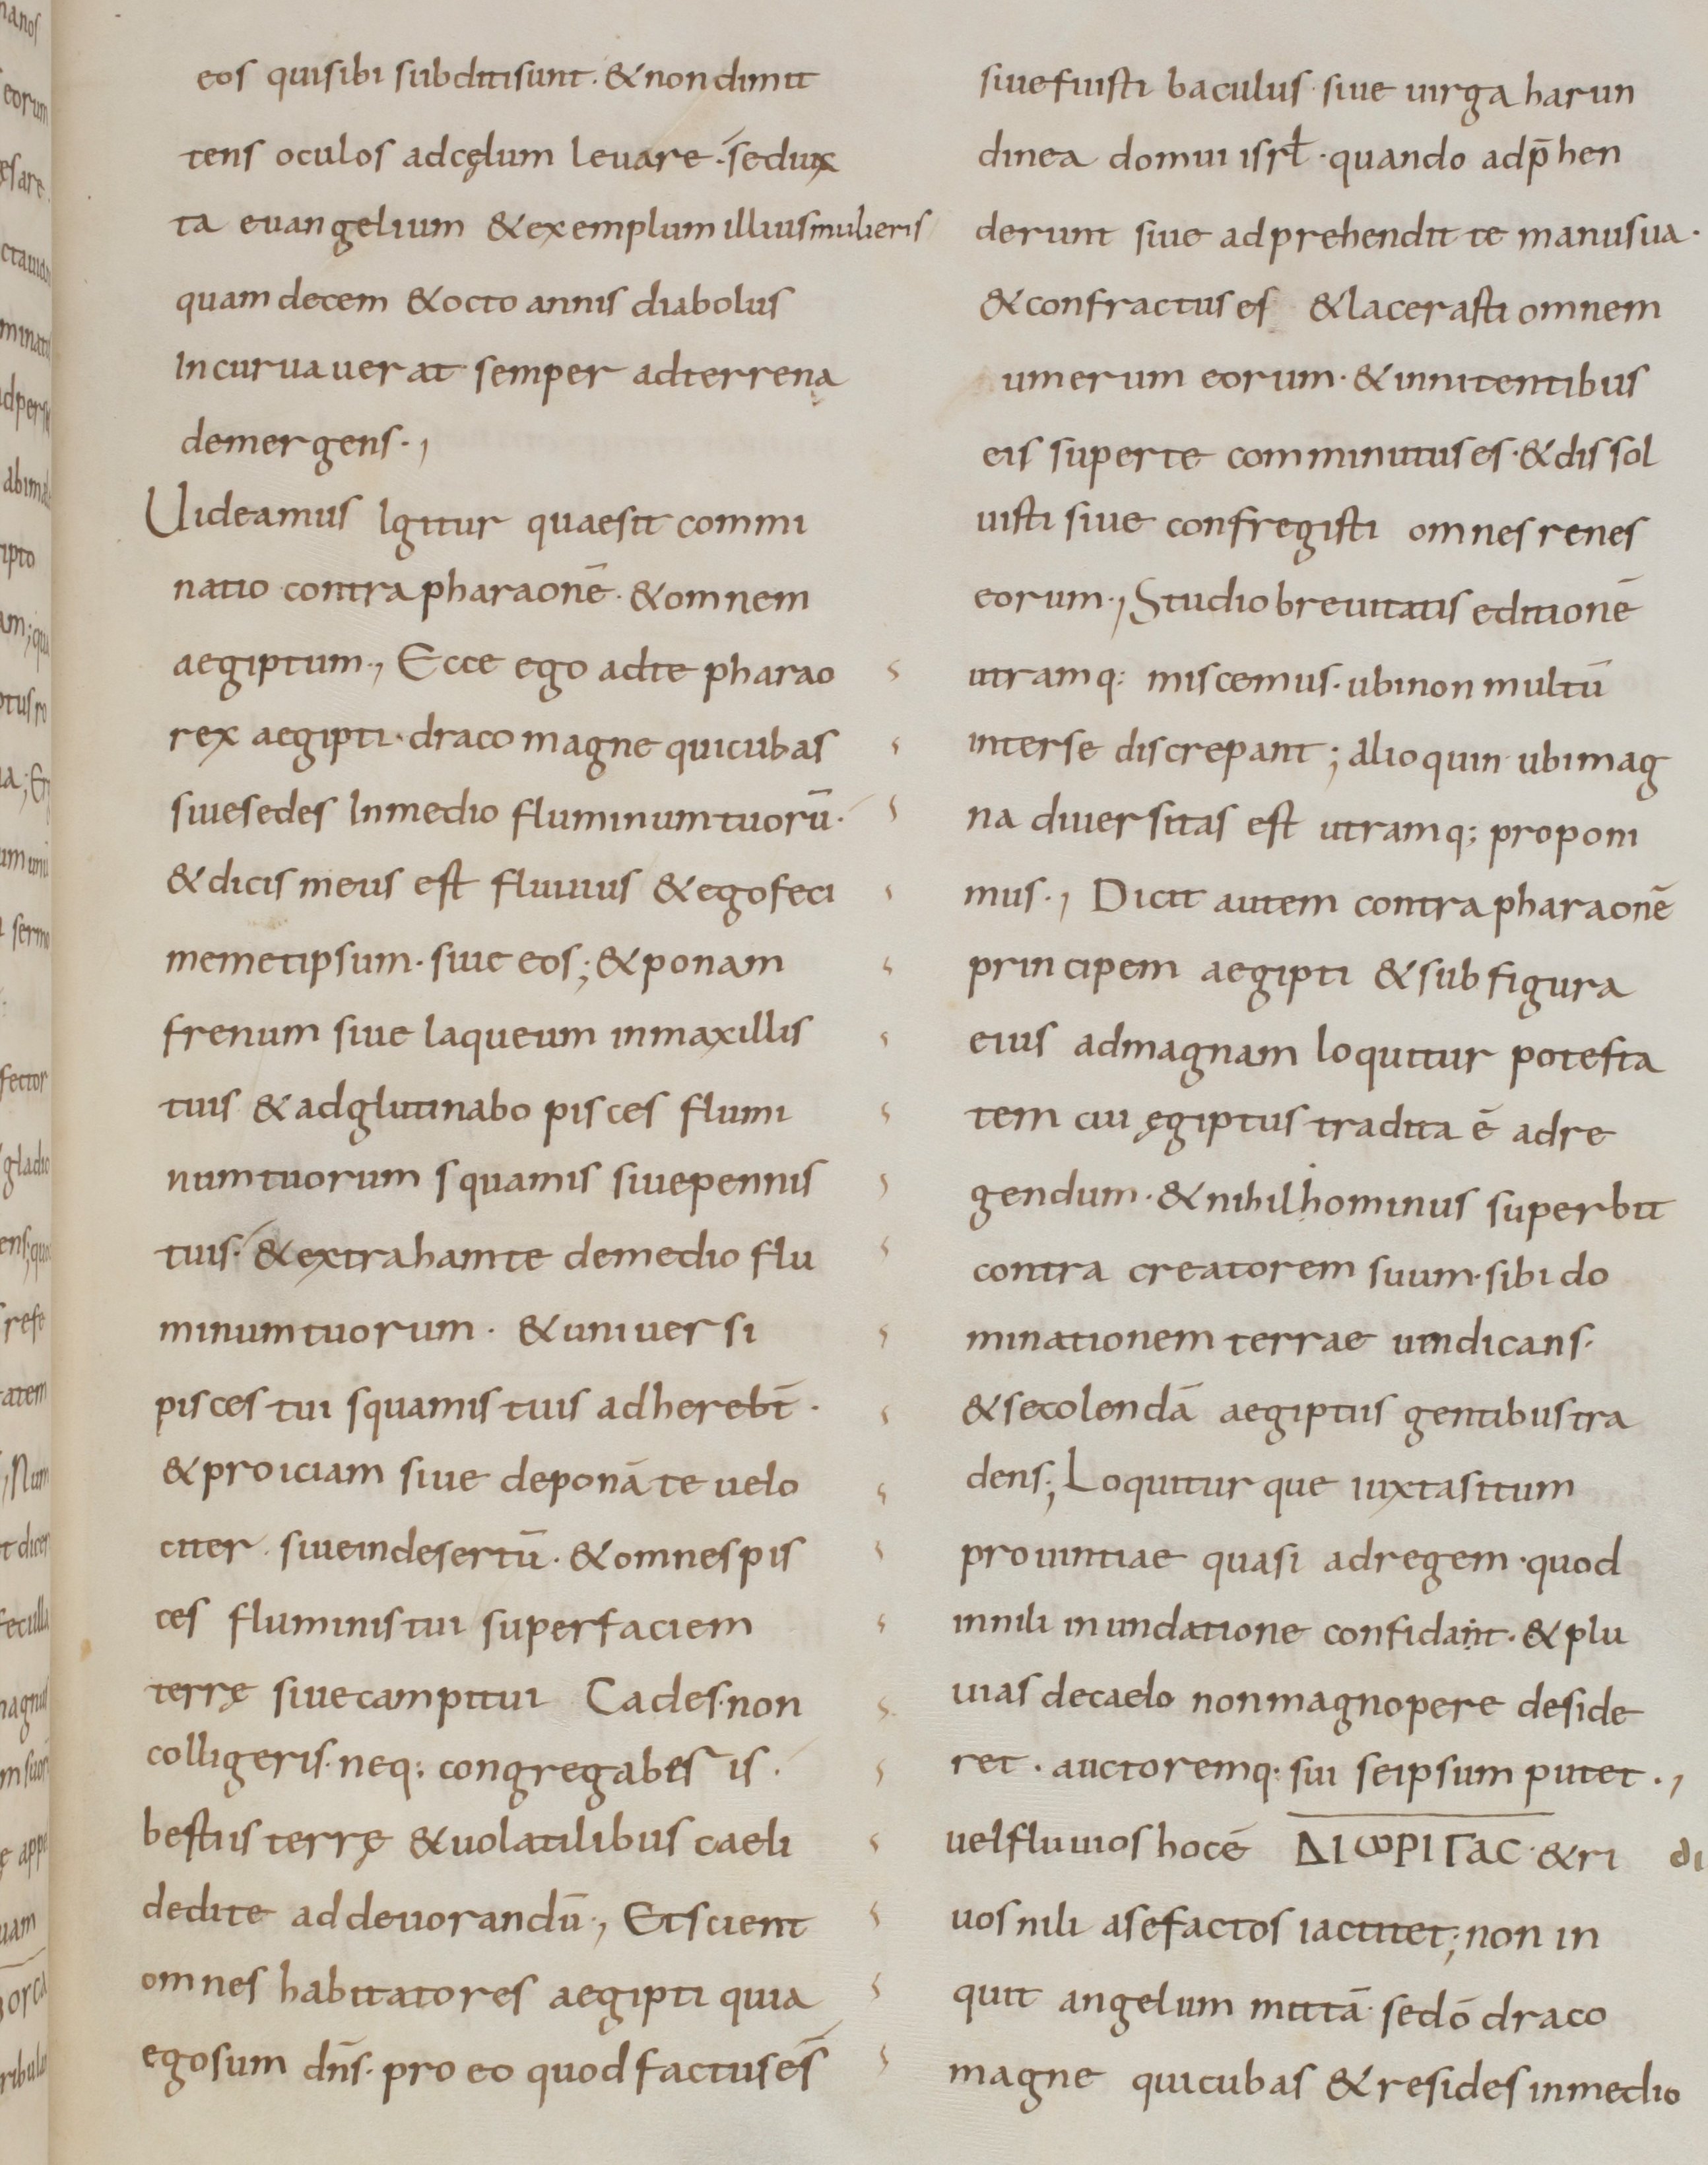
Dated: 800–899